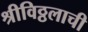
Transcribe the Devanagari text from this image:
श्रीविठ्ठलाची